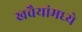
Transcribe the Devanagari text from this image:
खवैयांमध्ये